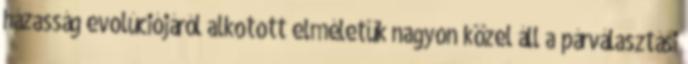
házasság evolúciójáról alkotott elméletük nagyon közel áll a párválasztási